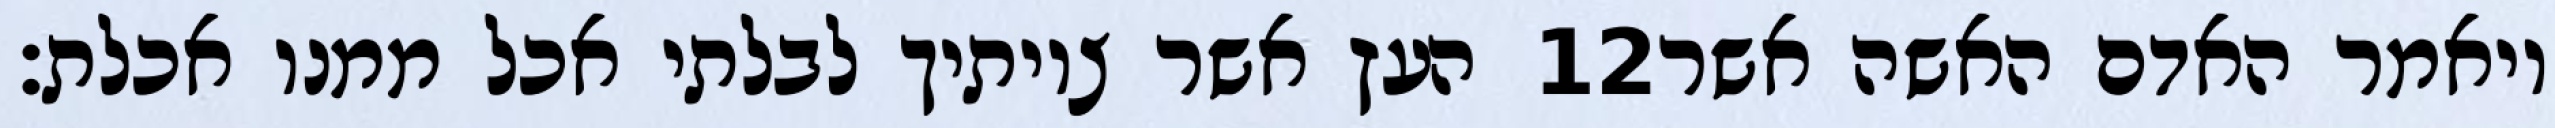
העץ אשר צויתיך לבלתי אכל ממנו אכלת׃ ‎12‏ ויאמר האדם האשה אשר